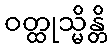
ဝတ္ထုသ္မိန္တိ